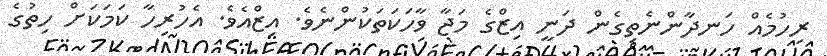
ރިހުމެއް ހަނދާންނެތިގެން ދަނީ އިޒްގެ މަޖާ ވާހަކަތަކުންނެވެ. އިޒްއެވެ. އެހުރިހާ ކަމަކަށް ހިތުގެ